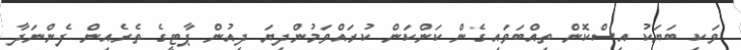
ވަކި ބަޔަކު އިސްކޮން ތިއްބަވައިގެން ކަންކަން ކުރައްވަމުންދިޔަ ދިއުން ޕާޓީގެ ތެރެއިން ފެންނަދާ